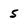
Character: 5